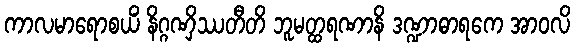
ကာလမာရောစယိံ နိဂ္ဂဏှိဿတီတိ ဘူမတ္ထရဏာနိ ဒဏ္ဍာဓာရကေ အာဝလိ